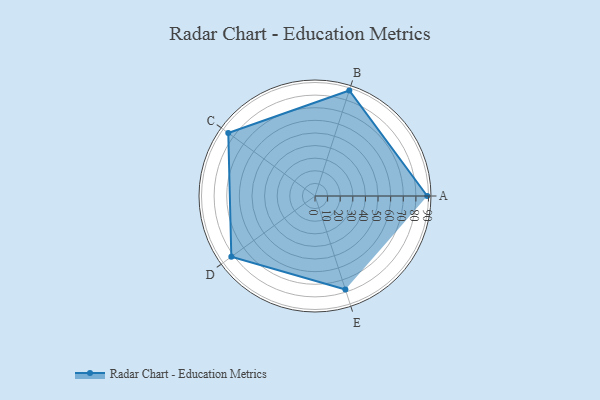
{"axis": {"x": "Skill", "y": "Score"}, "legend": ["Profile"], "data": [{"x": "A", "y": 89.0, "type": "Profile"}, {"x": "B", "y": 88.0, "type": "Profile"}, {"x": "C", "y": 85.0, "type": "Profile"}, {"x": "D", "y": 82.0, "type": "Profile"}, {"x": "E", "y": 78.0, "type": "Profile"}]}